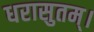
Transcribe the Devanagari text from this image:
धरासुतम्।